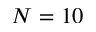
N = 1 0